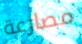
مصارعة